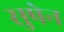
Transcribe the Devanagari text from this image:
सुषेन